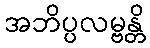
အဘိပ္ပလမ္ဗန္တိ